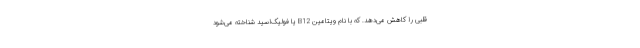
قلبی را کاهش می‌دهد. که با نام ویتامین B12 یا فولیک‌اسید شناخته می‌شود